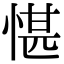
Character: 愖